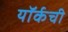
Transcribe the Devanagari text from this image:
यॉर्कची